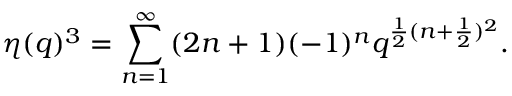
\eta ( q ) ^ { 3 } = \sum _ { n = 1 } ^ { \infty } ( 2 n + 1 ) ( - 1 ) ^ { n } q ^ { \frac { 1 } { 2 } ( n + \frac { 1 } { 2 } ) ^ { 2 } } .